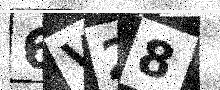
Text: 6V28